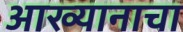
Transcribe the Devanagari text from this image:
आख्यानाचा